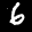
Label: 6